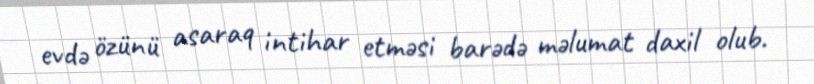
evdə özünü asaraq intihar etməsi barədə məlumat daxil olub.